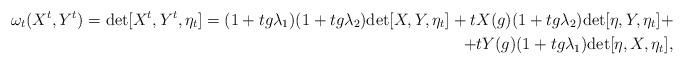
LaTeX: \begin{align*} \omega_t(X^t,Y^t) = \mathrm{det}[X^t,Y^t,\eta_t] = (1+tg\lambda_1)(1+tg\lambda_2)\mathrm{det}[X,Y,\eta_t] + tX(g)(1+tg\lambda_2)\mathrm{det}[\eta,Y,\eta_t] + \\ + tY(g)(1+tg\lambda_1)\mathrm{det}[\eta,X,\eta_t],\end{align*}